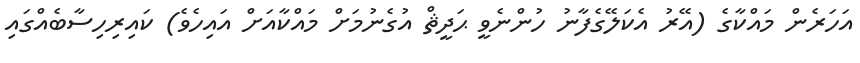
އަހަރެން މައްކާގެ (އޭރު އެކަލޭގެފާނު ހުންނެވީ ޙަދީޘް އުގެނުމަށް މައްކާއަށް އައިހެވެ) ކައިރިހިސާބެއްގައި